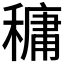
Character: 𥡲